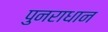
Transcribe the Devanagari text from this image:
पुनराधान